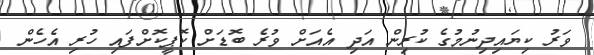
ވަރު ކިޔައިދިނުމުގެ ކުރިން އަދި އެއަށް ވުރެ ބޮޑަށް ކޮޕީކޮށްފައި ހުރި އެހެން